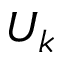
U _ { k }